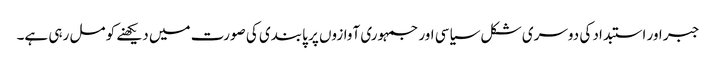
جبر اور استبداد کی دوسری شکل سیاسی اور جمہوری آوازوں پر پابندی کی صورت میں دیکھنے کو مل رہی ہے۔